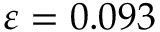
\varepsilon = 0 . 0 9 3